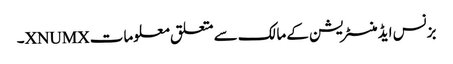
بزنس ایڈمنسٹریشن کے مالک سے متعلق معلومات XNUMX۔